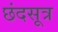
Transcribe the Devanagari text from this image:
छंदसूत्र